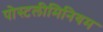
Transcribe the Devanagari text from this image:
पोस्टलीमिनियम